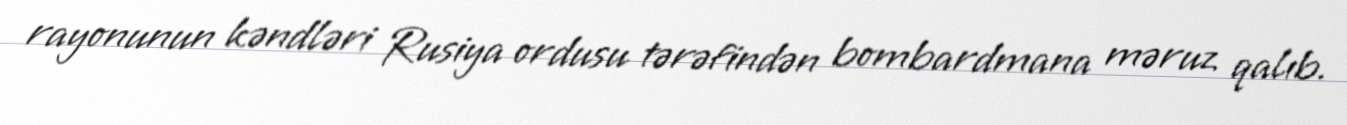
rayonunun kəndləri Rusiya ordusu tərəfindən bombardmana məruz qalıb.